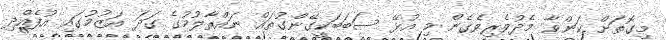
މިގޮތަށް ކަންވާ މެދުވެރިވެގެން މި އުޅޭ ސަބަބަކީގޭންގުތައް ނައްތާލުމުގެ ގަދަ އަޒުމުގައި އުފެއްދި